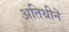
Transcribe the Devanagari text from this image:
अतिथीनॆ